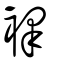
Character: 襗